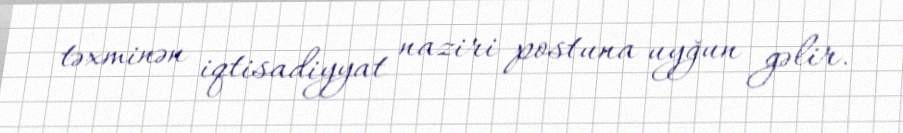
təxminən iqtisadiyyat naziri postuna uyğun gəlir.